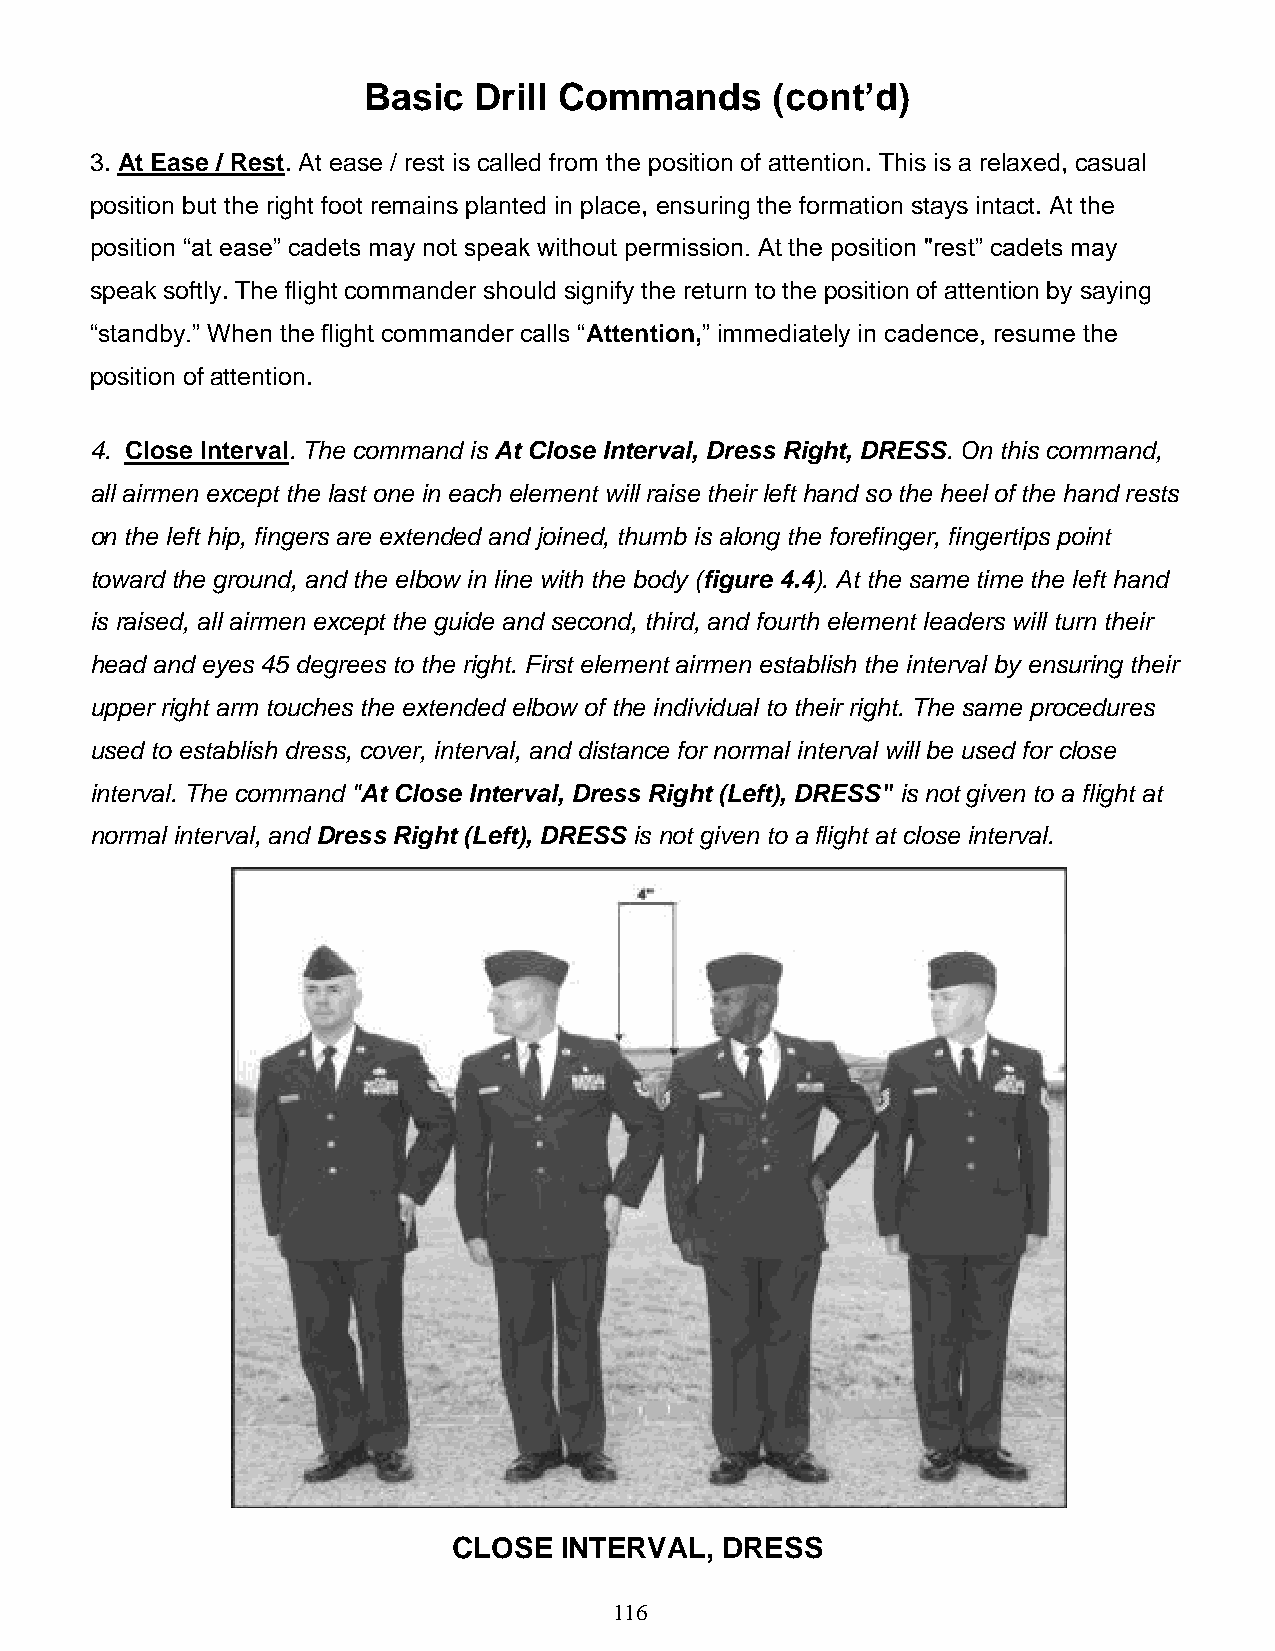
Basic  Drill Commands      (cont’d)
 3. At Ease / Rest. At ease / rest is called from the position of attention. This is a relaxed, casual
 position but the right foot remains planted in place, ensuring the formation stays intact. At the
 position “at ease” cadets may not speak without permission. At the position "rest” cadets may
 speak softly. The flight commander should signify the return to the position of attention by saying
 “standby.” When the flight commander calls “Attention,” immediately in cadence, resume the
 position of attention.
 4. Close Interval. The command is At Close Interval, Dress Right, DRESS. On this command,
 all airmen except the last one in each element will raise their left hand so the heel of the hand rests
 on the left hip, fingers are extended and joined, thumb is along the forefinger, fingertips point
 toward the ground, and the elbow in line with the body (figure 4.4). At the same time the left hand
 is raised, all airmen except the guide and second, third, and fourth element leaders will turn their
 head and eyes 45 degrees to the right. First element airmen establish the interval by ensuring their
 upper right arm touches the extended elbow of the individual to their right. The same procedures
 used to establish dress, cover, interval, and distance for normal interval will be used for close
 interval. The command "At Close Interval, Dress Right (Left), DRESS" is not given to a flight at
 normal interval, and Dress Right (Left), DRESS is not given to a flight at close interval.
 CLOSE  INTERVAL,  DRESS
 116